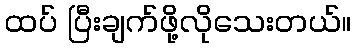
ထပ် ပြီးချက်ဖို့လိုသေးတယ်။